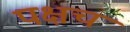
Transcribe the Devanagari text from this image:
पक्षच